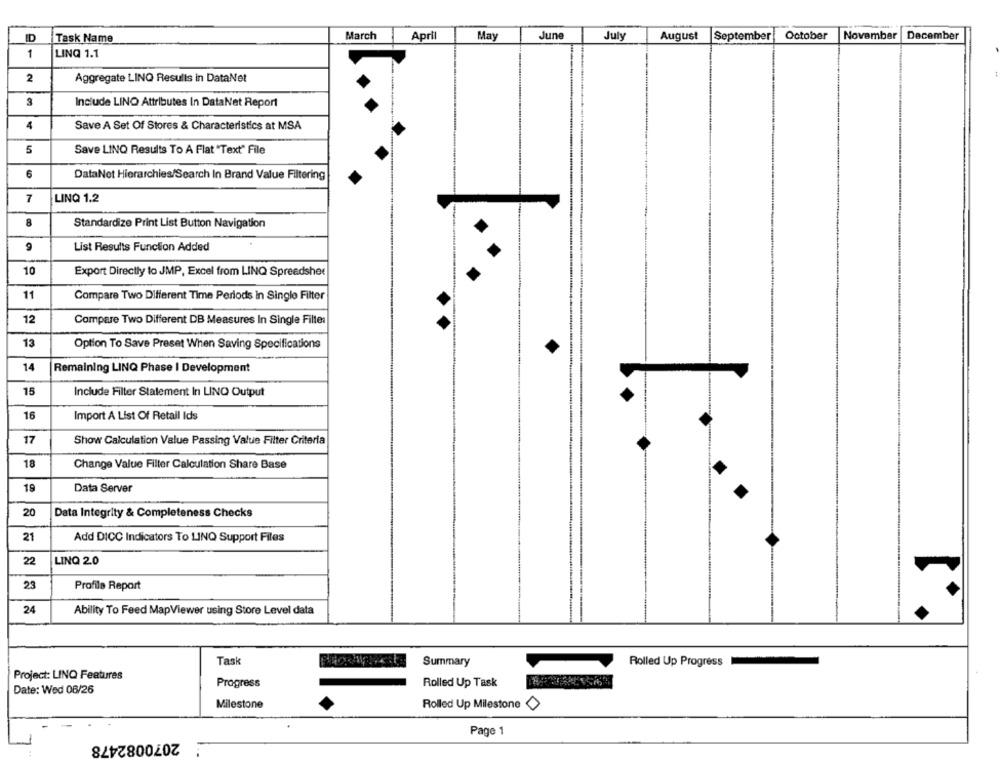
ID
Task Name
March
Apri
May
June
July
August
September
October
November
December
1
LINQ 1.1
2
Aggregate LINQ Results in DataNet
3
Include LINO Attributes In DataNet Report
4
Save A Set Of Stores & Characteristics at MSA
5
Save LINQ Results To A Flat "Text" File
6
DataNet Hierarchies/Search In Brand Value Filtering
7
LINQ 1.2
8
Standardize Print List Button Navigation
9
List Results Function Added
10
Export Directly to JMP, Excel from LINQ Spreadsher
11
Compare Two Different Time Periods in Single Filter
12
Compare Two Different DB Measures In Single Filter
13
Option To Save Preset When Saving Specifications
14
Remaining LINQ Phase I Development
15
Include Filter Statement In LINO Output
16
Import A List Of Retail Ids
17
Show Calculation Value Passing Value Filter Criteria
18
Change Value Filter Calculation Share Base
19
Data Server
20
Data Integrity & Completeness Checks
21
Add DICC Indicators To LINQ Support Files
22
LINQ 2.0
23
Profile Repart
24
Ability To Feed MapViewer using Store Level data
Task
Summary
Rolled Up Progress
Project: LINQ Features
Progress
Rolled Up Task
Date: Wed 06/26
Milestone
Rolled Up Milestone >
Page 1
2070082478